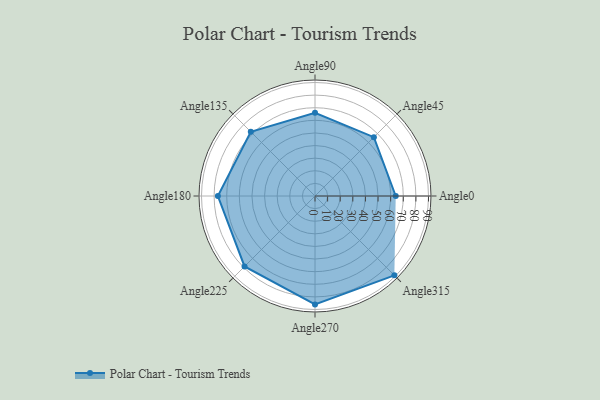
{"axis": {"x": "Angle", "y": "Radius"}, "legend": [""], "data": [{"x": "Angle0", "y": 64.0, "type": ""}, {"x": "Angle45", "y": 66.0, "type": ""}, {"x": "Angle90", "y": 66.0, "type": ""}, {"x": "Angle135", "y": 72.0, "type": ""}, {"x": "Angle180", "y": 77.0, "type": ""}, {"x": "Angle225", "y": 79.0, "type": ""}, {"x": "Angle270", "y": 86.0, "type": ""}, {"x": "Angle315", "y": 89.0, "type": ""}]}